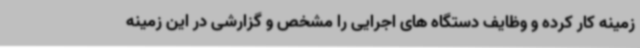
زمینه کار کرده و وظایف دستگاه های اجرایی را مشخص و گزارشی در این زمینه